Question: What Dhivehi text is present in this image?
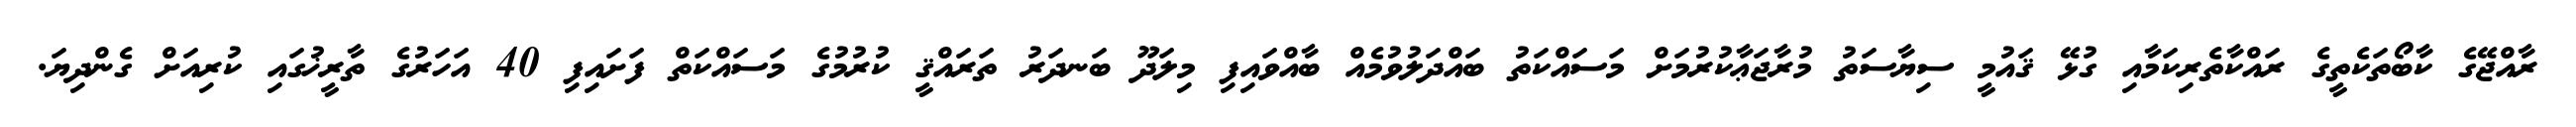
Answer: ރާއްޖޭގެ ކާބޯތަކެތީގެ ރައްކާތެރިކަމާއި ގުޅޭ ޤައުމީ ސިޔާސަތު މުރާޖަޢާކުރުމަށް މަސައްކަތު ބައްދަލުވުމެއް ބާއްވައިފި މިލަދޫ ބަނދަރު ތަރައްޤީ ކުރުމުގެ މަސައްކަތް ފަށައިފި 40 އަހަރުގެ ތާރީޚުގައި ކުރިއަށް ގެންދިޔަ.